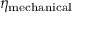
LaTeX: \eta _ { \mathrm { m e c h a n i c a l } }